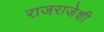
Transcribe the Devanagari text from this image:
राजराजेशी